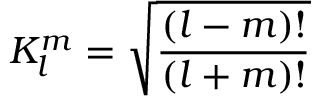
K _ { l } ^ { m } = \sqrt { \frac { ( l - m ) ! } { ( l + m ) ! } }